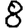
Digit: 8